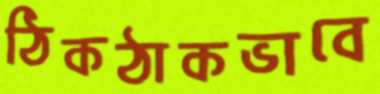
ঠিকঠাকভাবে